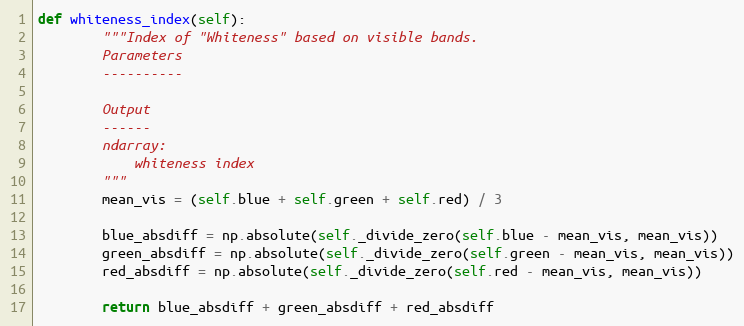
Language: Python
def whiteness_index(self):
        """Index of "Whiteness" based on visible bands.
        Parameters
        ----------

        Output
        ------
        ndarray:
            whiteness index
        """
        mean_vis = (self.blue + self.green + self.red) / 3

        blue_absdiff = np.absolute(self._divide_zero(self.blue - mean_vis, mean_vis))
        green_absdiff = np.absolute(self._divide_zero(self.green - mean_vis, mean_vis))
        red_absdiff = np.absolute(self._divide_zero(self.red - mean_vis, mean_vis))

        return blue_absdiff + green_absdiff + red_absdiff